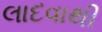
લાદવાથી